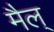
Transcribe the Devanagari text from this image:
मैल्